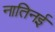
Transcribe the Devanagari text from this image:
नातिनई